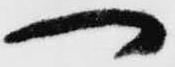
へ